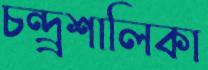
চন্দ্র্রশালিকা